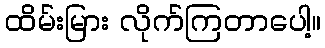
ထိမ်းမြား လိုက်ကြတာပေါ့။